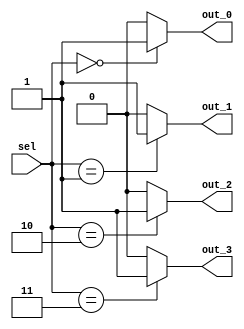
module Decoder2 (
    output out_0,
    output out_1,
    output out_2,
    output out_3,
    input [1:0] sel
);
    assign out_0 = (sel == 2'h0)? 1'b1 : 1'b0;
    assign out_1 = (sel == 2'h1)? 1'b1 : 1'b0;
    assign out_2 = (sel == 2'h2)? 1'b1 : 1'b0;
    assign out_3 = (sel == 2'h3)? 1'b1 : 1'b0;
endmodule
module DispM (
  input [1:0] scan,
  input [15:0] HEXS,
  input [3:0] point,
  input [3:0] LES,
  output [3:0] AN,
  output [7:0] SEGMENT
);
  wire s0;
  wire s1;
  wire s2;
  wire s3;
  wire s4;
  wire s5;
  wire s6;
  wire s7;
  wire s8;
  wire s9;
  wire s10;
  wire s11;
  wire s12;
  wire s13;
  wire [3:0] s14;
  wire [3:0] s15;
  wire [3:0] s16;
  wire [3:0] s17;
  wire [3:0] s18;
  wire s19;
  wire s20;
  wire s21;
  wire s22;
  MUX421 MUX421_i0 (
    .I( point ),
    .S( scan ),
    .O( s5 )
  );
  MUX421 MUX421_i1 (
    .I( LES ),
    .S( scan ),
    .O( s4 )
  );
  Decoder2 Decoder2_i2 (
    .sel( scan ),
    .out_0( s19 ),
    .out_1( s20 ),
    .out_2( s21 ),
    .out_3( s22 )
  );
  assign s14 = HEXS[3:0];
  assign s15 = HEXS[7:4];
  assign s16 = HEXS[11:8];
  assign s17 = HEXS[15:12];
  MUX424 MUX424_i3 (
    .S( scan ),
    .I0( s14 ),
    .I1( s15 ),
    .I2( s16 ),
    .I3( s17 ),
    .F( s18 )
  );
  assign AN[0] = ~ s19;
  assign AN[1] = ~ s20;
  assign AN[2] = ~ s21;
  assign AN[3] = ~ s22;
  assign s3 = s18[0];
  assign s2 = s18[1];
  assign s1 = s18[2];
  assign s0 = s18[3];
  G7segement G7segement_i4 (
    .D3( s0 ),
    .D2( s1 ),
    .D1( s2 ),
    .D0( s3 ),
    .LE( s4 ),
    .point( s5 ),
    .a( s6 ),
    .b( s7 ),
    .d( s8 ),
    .c( s9 ),
    .e( s10 ),
    .f( s11 ),
    .g( s12 ),
    .p( s13 )
  );
  assign SEGMENT[0] = s6;
  assign SEGMENT[1] = s7;
  assign SEGMENT[2] = s9;
  assign SEGMENT[3] = s8;
  assign SEGMENT[4] = s10;
  assign SEGMENT[5] = s11;
  assign SEGMENT[6] = s12;
  assign SEGMENT[7] = s13;
endmodule